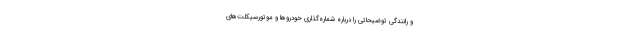
و رانندگی توضیحاتی را درباره شماره‌گذاری خودروها و موتورسیکلت‌های